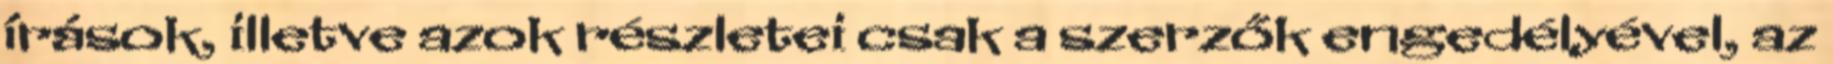
írások, illetve azok részletei csak a szerzők engedélyével, az